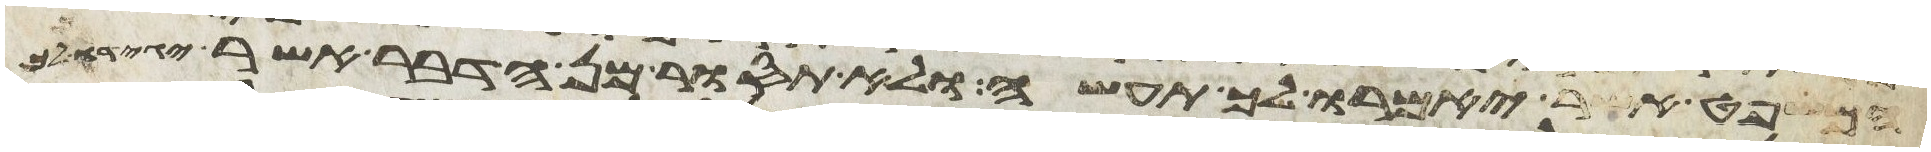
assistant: המשפט אשר יאמרו לך תעשה ולא תסור מן הדבר אשר יגידו לך